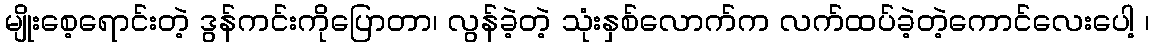
မျိုးစေ့ရောင်းတဲ့ ဒွန်ကင်းကိုပြောတာ၊ လွန်ခဲ့တဲ့ သုံးနှစ်လောက်က လက်ထပ်ခဲ့တဲ့ကောင်လေးပေါ့ ၊